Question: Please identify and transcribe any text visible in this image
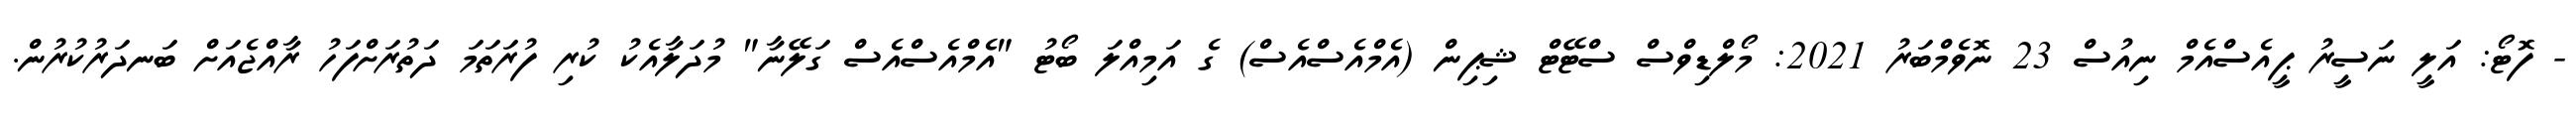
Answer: - ފޮޓޯ: އަލީ ނަސީރު ޕީއެސްއެމް ނިއުސް 23 ނޮވެމްބަރު 2021: މޯލްޑިވްސް ސްޓޭޓް ޝިޕިން (އެމްއެސްއެސް) ގެ އަމިއްލަ ބޯޓު "އެމްއެސްއެސް ގަލޭނާ" މުދަލާއެކު ކުރި ފުރަތަމަ ދަތުރަށްފަހު ރާއްޖެއަށް ބަނދަރުކުރުން.